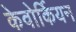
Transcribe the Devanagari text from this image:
केवोर्कियन